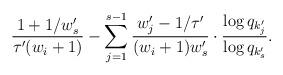
LaTeX: \begin{align*}\frac{1+1/w'_s}{\tau'(w_{i}+1)} - \sum_{j=1}^{s-1} \frac{w'_{j}-1/\tau'}{(w_i +1)w'_s} \cdot \frac{\log q_{k'_j} }{\log q_{k'_{s}} }.\end{align*}